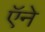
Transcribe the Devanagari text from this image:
ऍने